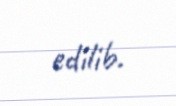
edilib.